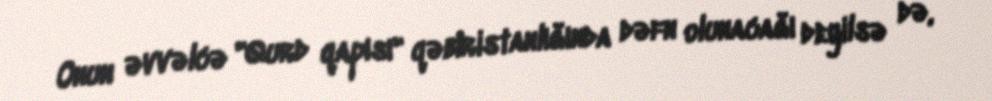
Onun əvvəlcə "Qurd qapısı" qəbiristanlığında dəfn olunacağı deyilsə də,